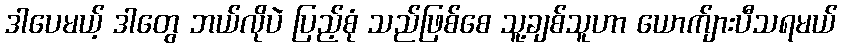
ဒါပေမယ့် ဒါတွေ ဘယ်လိုပဲ ပြည့်စုံ သည်ဖြစ်စေ သူ့ချစ်သူဟာ ယောက်ျားပီသရမယ်